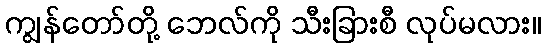
ကျွန်တော်တို့ ဘေလ်ကို သီးခြားစီ လုပ်မလား။